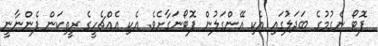
ފޮޓޯ ނެގުމުގެ ބަދަލުގައި އެކި އޭންގަލުން ފޮޓޯނަގާށެވެ. އެކި އެއްޗެހީގެ ރީތިކަން ފެންނާނީ